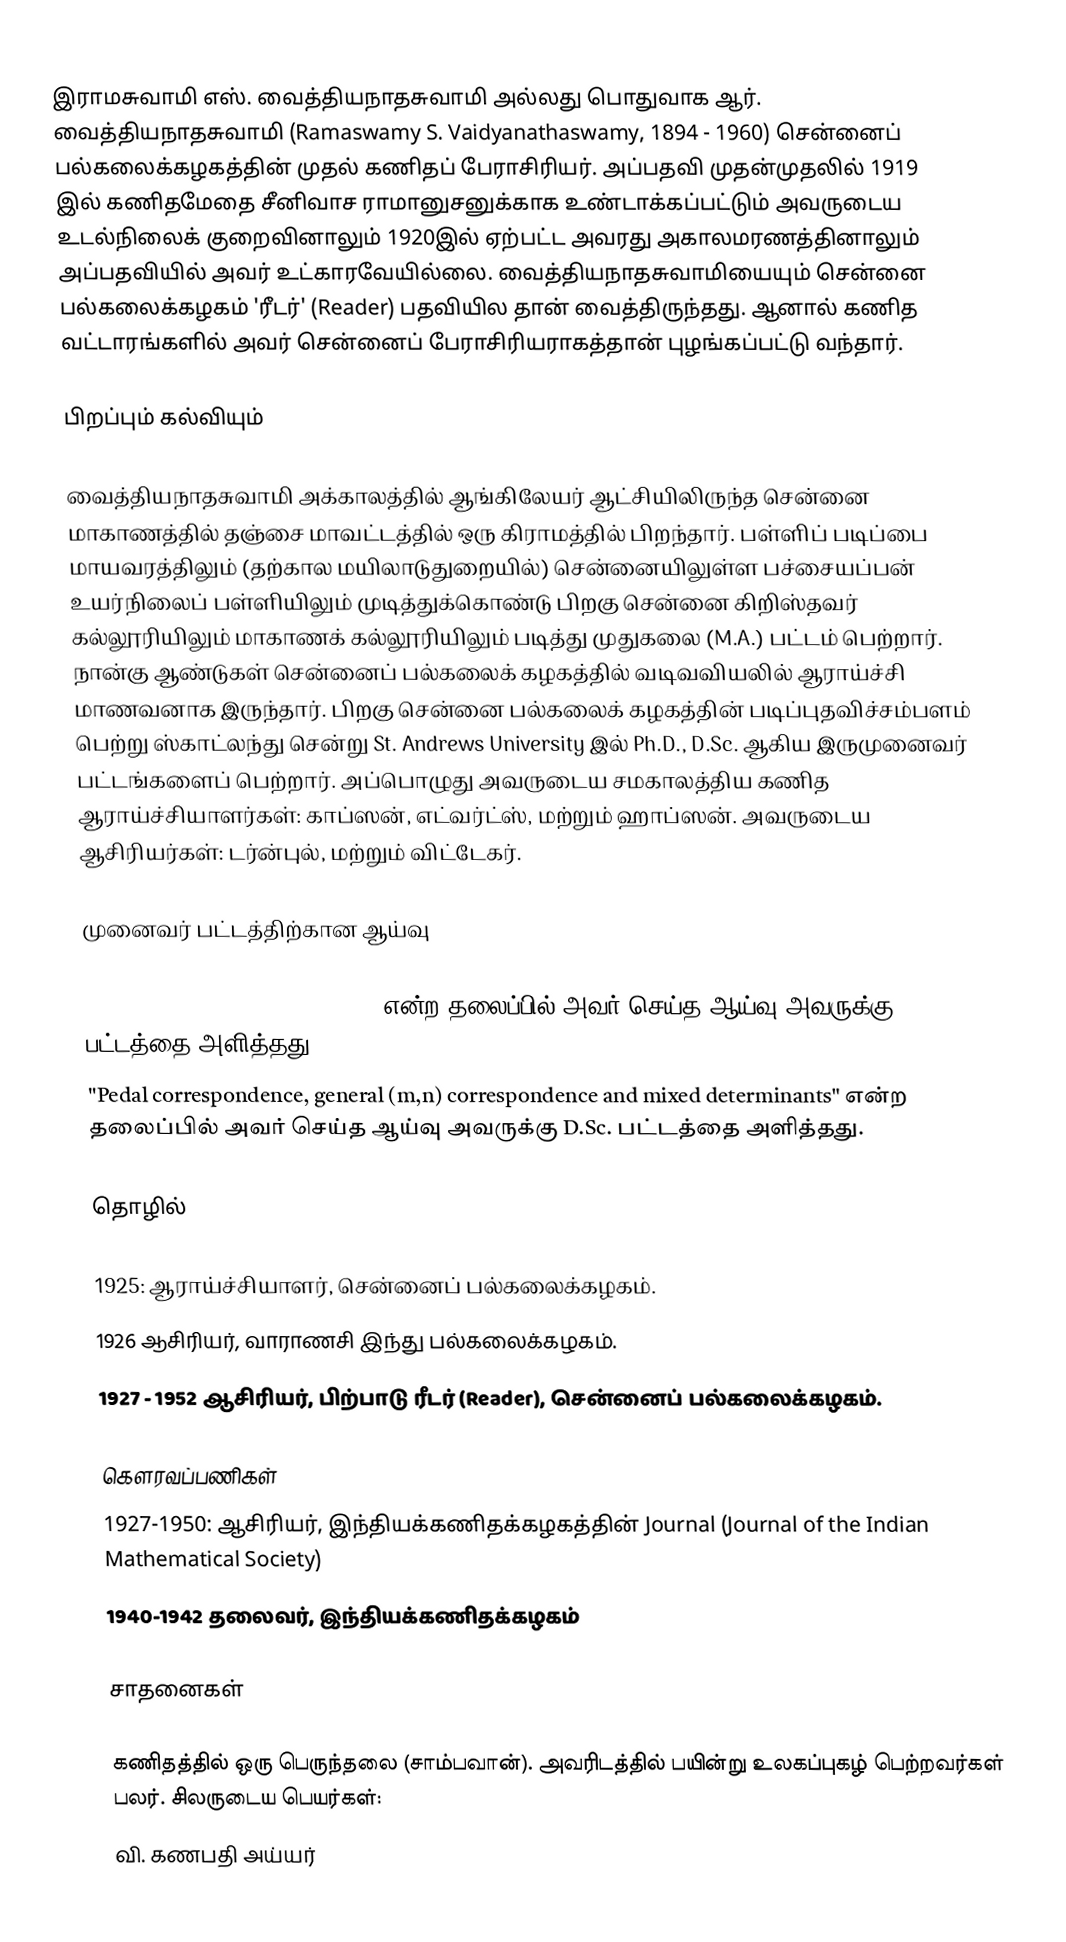
இராமசுவாமி எஸ். வைத்தியநாதசுவாமி அல்லது பொதுவாக ஆர். வைத்தியநாதசுவாமி (Ramaswamy S. Vaidyanathaswamy, 1894 - 1960) சென்னைப் பல்கலைக்கழகத்தின் முதல் கணிதப் பேராசிரியர். அப்பதவி முதன்முதலில் 1919 இல் கணிதமேதை சீனிவாச ராமானுசனுக்காக உண்டாக்கப்பட்டும் அவருடைய உடல்நிலைக் குறைவினாலும் 1920இல் ஏற்பட்ட அவரது அகாலமரணத்தினாலும் அப்பதவியில் அவர் உட்காரவேயில்லை. வைத்தியநாதசுவாமியையும் சென்னை பல்கலைக்கழகம் 'ரீடர்' (Reader) பதவியில தான் வைத்திருந்தது. ஆனால் கணித வட்டாரங்களில் அவர் சென்னைப் பேராசிரியராகத்தான் புழங்கப்பட்டு வந்தார்.

பிறப்பும் கல்வியும்

வைத்தியநாதசுவாமி அக்காலத்தில் ஆங்கிலேயர் ஆட்சியிலிருந்த சென்னை மாகாணத்தில் தஞ்சை மாவட்டத்தில் ஒரு கிராமத்தில் பிறந்தார். பள்ளிப் படிப்பை மாயவரத்திலும் (தற்கால மயிலாடுதுறையில்) சென்னையிலுள்ள பச்சையப்பன் உயர்நிலைப் பள்ளியிலும் முடித்துக்கொண்டு பிறகு சென்னை கிறிஸ்தவர் கல்லூரியிலும் மாகாணக் கல்லூரியிலும் படித்து முதுகலை (M.A.) பட்டம் பெற்றார். நான்கு ஆண்டுகள் சென்னைப் பல்கலைக் கழகத்தில் வடிவவியலில் ஆராய்ச்சி மாணவனாக இருந்தார். பிறகு சென்னை பல்கலைக் கழகத்தின் படிப்புதவிச்சம்பளம் பெற்று ஸ்காட்லந்து சென்று St. Andrews University இல் Ph.D., D.Sc. ஆகிய இருமுனைவர் பட்டங்களைப் பெற்றார்.  அப்பொழுது அவருடைய சமகாலத்திய  கணித ஆராய்ச்சியாளர்கள்: காப்ஸன், எட்வர்ட்ஸ், மற்றும் ஹாப்ஸன். அவருடைய ஆசிரியர்கள்: டர்ன்புல், மற்றும் விட்டேகர்.

முனைவர் பட்டத்திற்கான ஆய்வு

"Binary and Double Binary Forms" என்ற தலைப்பில் அவர் செய்த ஆய்வு அவருக்கு Ph.D. பட்டத்தை அளித்தது.
"Pedal correspondence, general (m,n) correspondence and mixed determinants" என்ற தலைப்பில் அவர் செய்த ஆய்வு அவருக்கு D.Sc. பட்டத்தை அளித்தது.

தொழில்

1925: ஆராய்ச்சியாளர், சென்னைப் பல்கலைக்கழகம்.
1926 ஆசிரியர், வாராணசி இந்து பல்கலைக்கழகம்.
1927 - 1952 ஆசிரியர், பிற்பாடு ரீடர் (Reader), சென்னைப் பல்கலைக்கழகம்.

கௌரவப்பணிகள்
1927-1950: ஆசிரியர், இந்தியக்கணிதக்கழகத்தின் Journal (Journal of the Indian Mathematical Society)
1940-1942 தலைவர், இந்தியக்கணிதக்கழகம்

சாதனைகள்

 கணிதத்தில் ஒரு பெருந்தலை (சாம்பவான்). அவரிடத்தில் பயின்று உலகப்புகழ் பெற்றவர்கள் பலர். சிலருடைய பெயர்கள்:
வி. கணபதி அய்யர்